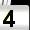
Digit: 4